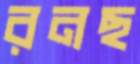
রনছ